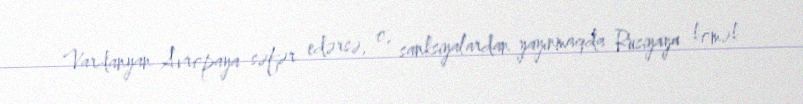
Vardanyan Avropaya səfər edərsə, o, sanksiyalardan yayınmaqda Rusiyaya kömək